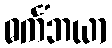
ဓင်္ကံဘယာ